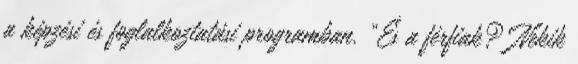
a képzési és foglalkoztatási programban. „És a férfiak? Nekik